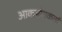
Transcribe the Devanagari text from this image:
आकर्षणकर्ता